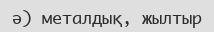
ә) металдық, жылтыр